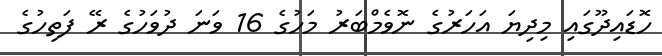
ހޮޑައިދޫގައި މިދިޔަ އަހަރުގެ ނޮވެމްބަރު މަހުގެ 16 ވަނަ ދުވަހުގެ ރޭ ފަތިހުގެ